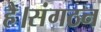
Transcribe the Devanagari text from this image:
है।संगठन